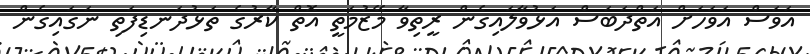
އަވަސް އަވަހަށް އަތްދަބަސް އަޅުވާލައިގެން ރީތިވާ މޭޒުމަތީ އޮތް ކާރުގެ ތަޅުދަނޑިފަތި ނަގައިގެން